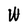
Character: W